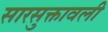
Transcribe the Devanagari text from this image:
सारसुक्तावली